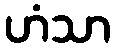
ဟံသာ